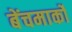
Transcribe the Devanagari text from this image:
बेंचमार्कों